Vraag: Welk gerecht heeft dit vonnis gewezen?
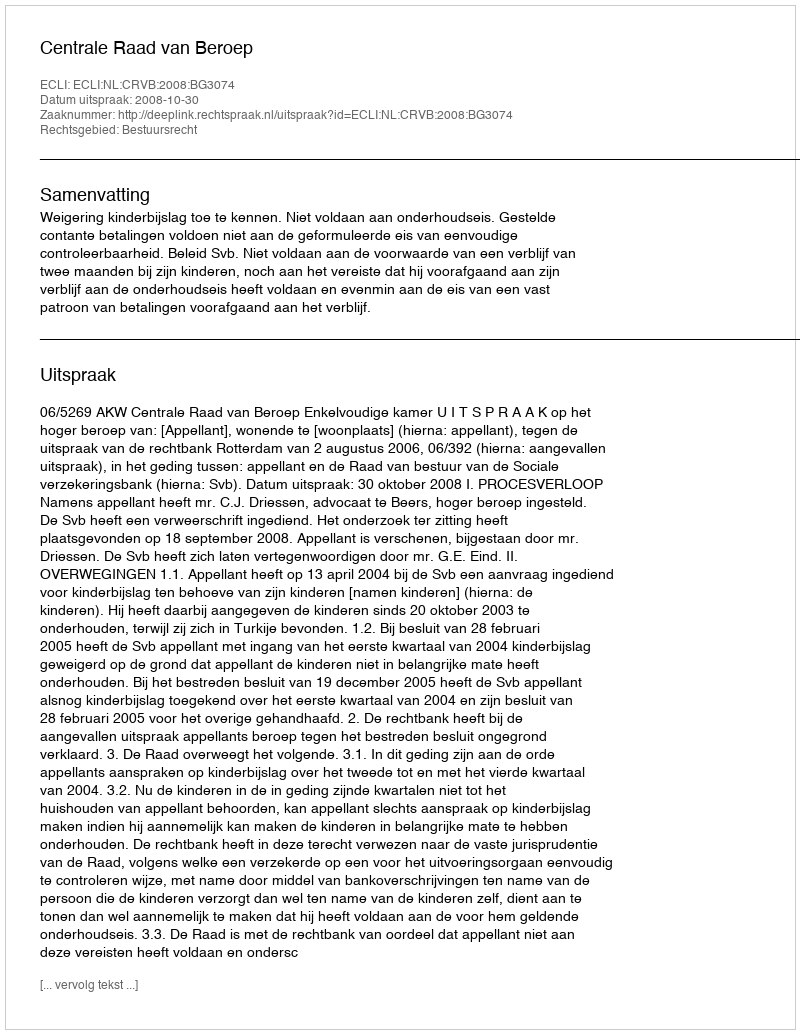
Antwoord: Centrale Raad van Beroep